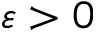
\varepsilon > 0